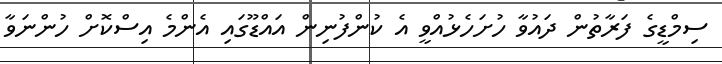
ސިމްޑީގެ ފަރާތުން ދައުވާ ހުށަހެޅުއްވީ އެ ކުންފުނިން އައްޑޫގައި އެންމެ އިސްކޮށް ހުންނަވާ